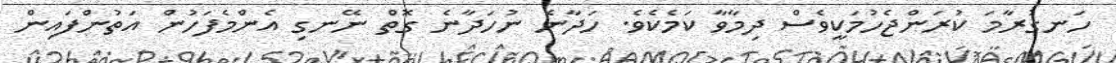
ހަނގުރާމަ ކުރަންޖެހުމަކީވެސް ދިމާވާ ކަމެކެވެ. ހަދާނެ ނުހަދާނެ ގޮތް ނޭނގި އެންމެފަހުން އަތުންފައިން